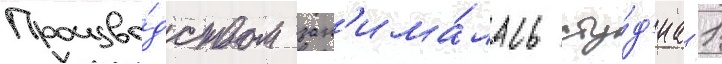
Произво́дством зан'има́лась сту́д'иа -1